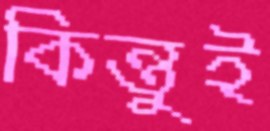
কিন্তুই